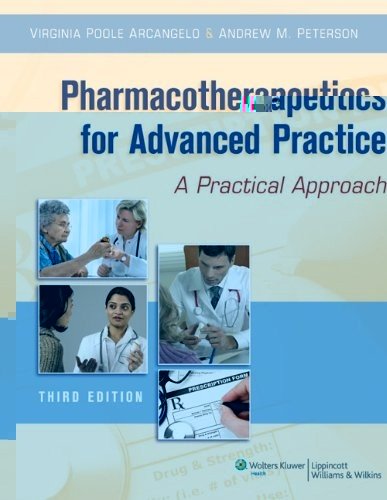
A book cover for Pharmacotherapeutics for Advanced Practice; Virginia Poole Arcangelo PhD  CRNP; Medical Books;